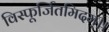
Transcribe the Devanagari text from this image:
विस्फूर्जितमिदम्।।